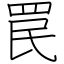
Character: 罠